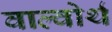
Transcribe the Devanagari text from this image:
वाल्वोर्थ